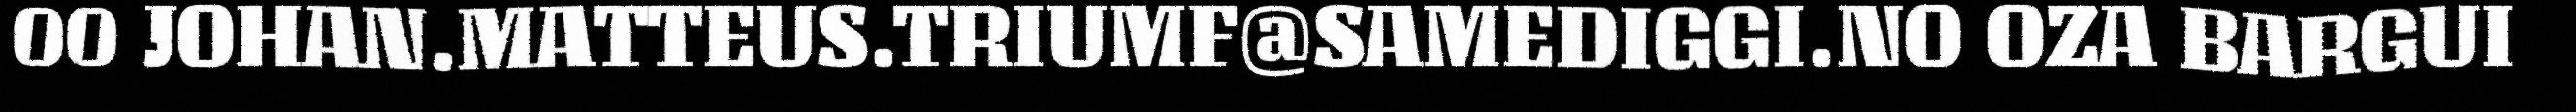
00 JOHAN.MATTEUS.TRIUMF@SAMEDIGGI.NO OZA BARGUI